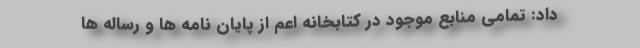
داد: تمامی منابع موجود در کتابخانه اعم از پایان نامه ها و رساله ها